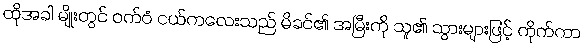
ထိုအခါ မျိုးတွင် ဝက်ဝံ ငယ်ကလေးသည် မိခင်၏ အမြီးကို သူ၏ သွားများဖြင့် ကိုက်ကာ